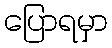
ပြောရမှာ